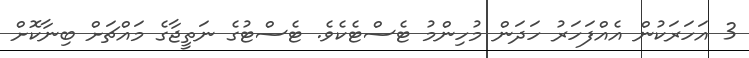
3 އަހަރަކުން އެއްފަހަރު ހަދަން މުހިންމު ޓެސްޓެކެވެ. ޓެސްޓުގެ ނަތީޖާގެ މައްޗަށް ބިނާކޮށް